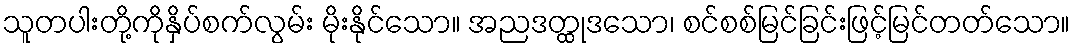
သူတပါးတို့ကိုနှိပ်စက်လွမ်း မိုးနိုင်သော။ အညဒတ္ထုဒသော၊ စင်စစ်မြင်ခြင်းဖြင့်မြင်တတ်သော။